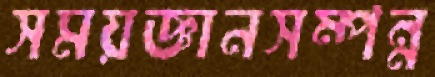
সময়জ্ঞানসম্পন্ন